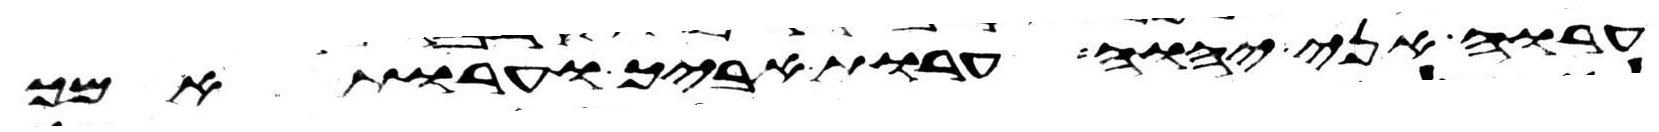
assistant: ערוה אני יהוה ערות אביך וערות אמך